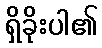
ရှိခိုးပါ၏